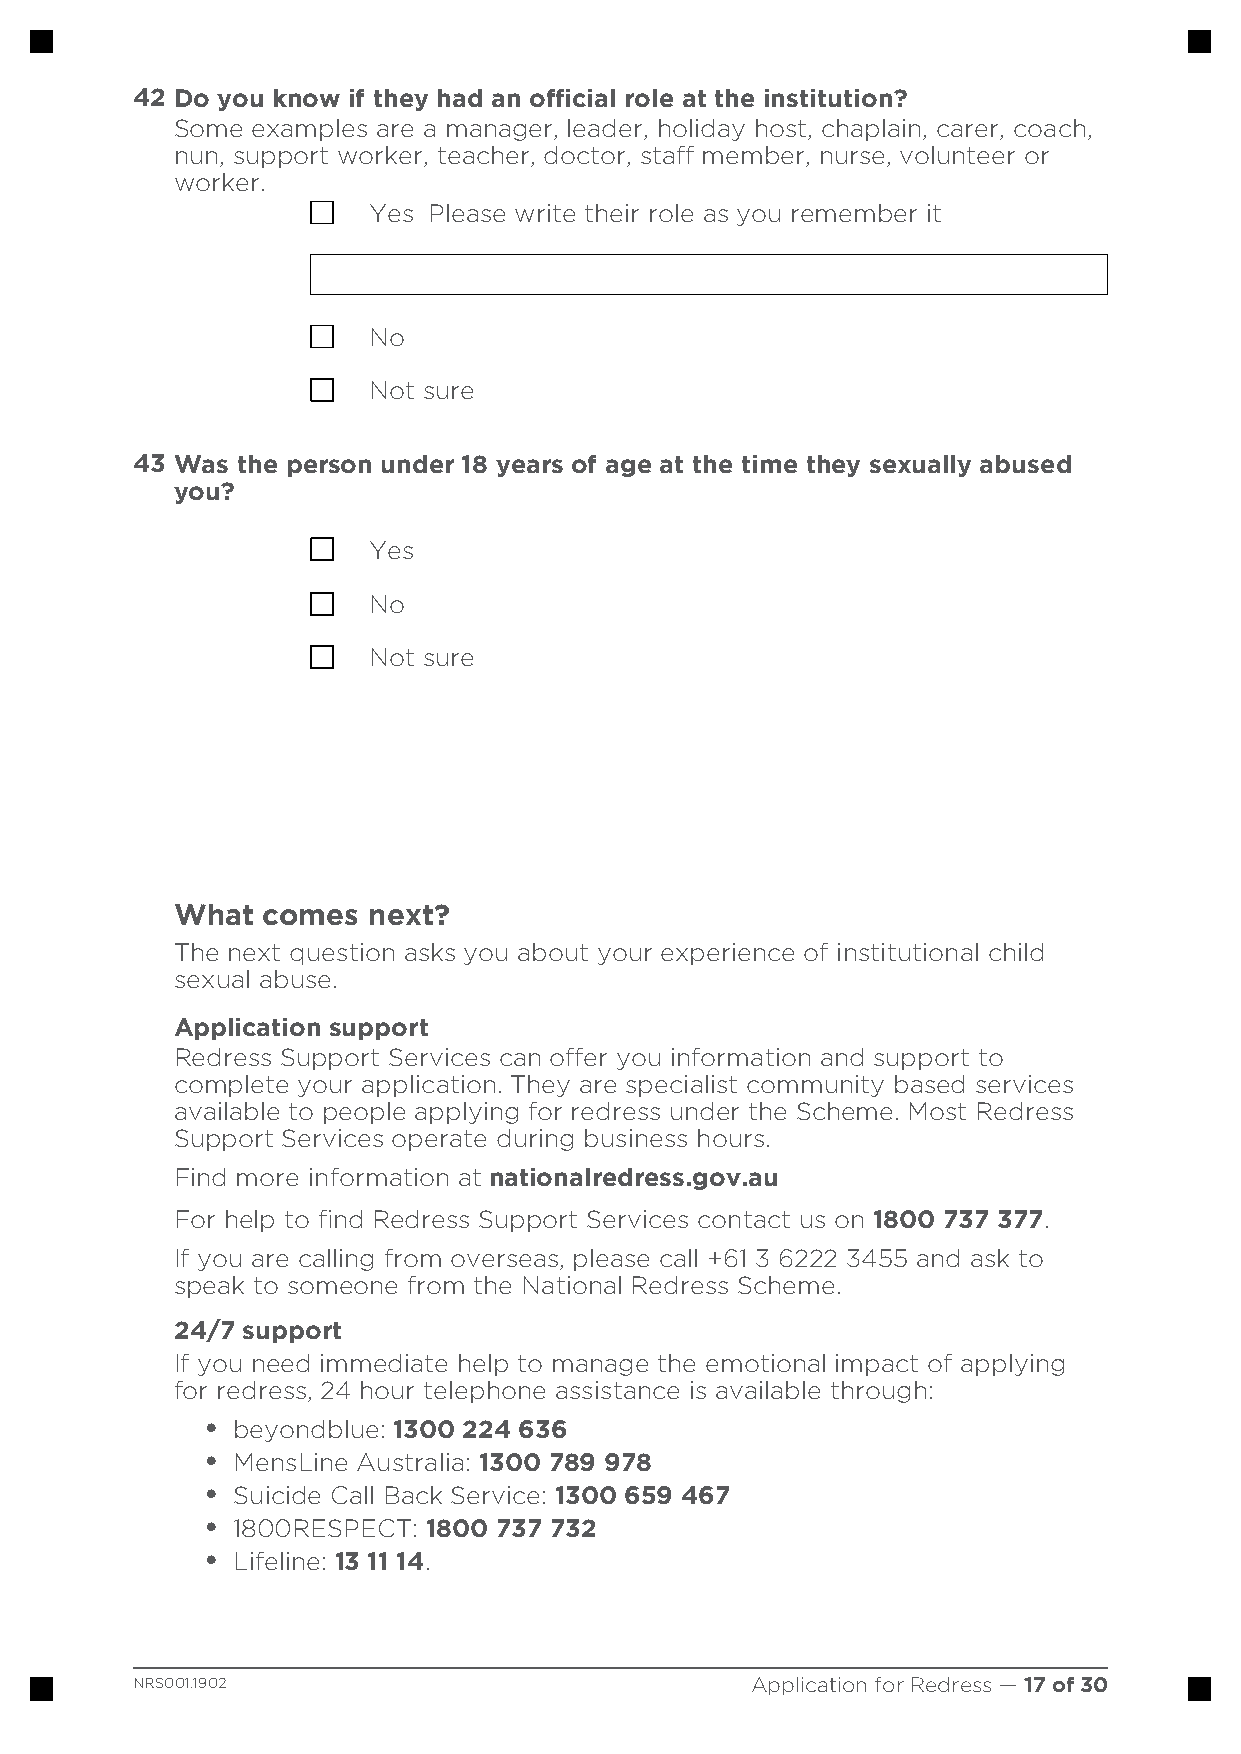
42 Do you know if they had an official role at the institution?
 Some examples are a manager, leader, holiday host, chaplain, carer, coach,
 nun, support worker, teacher, doctor, staff member, nurse, volunteer or
 worker.
 Yes Please write their role as you remember it
 No
 Not sure
 43 Was the person under 18 years of age at the time they sexually abused
 you?
 Yes
 No
 Not sure
 What comes  next?
 The next question asks you about your experience of institutional child
 sexual abuse.
 Application support
 Redress Support Services can offer you information and support to
 complete your application. They are specialist community based services
 available to people applying for redress under the Scheme. Most Redress
 Support Services operate during business hours.
 Find more information at nationalredress.gov.au
 www.
 For help to find Redress Support Services contact us on 1800 737 377.
 If you are calling from overseas, please call +61 3 6222 3455 and ask to
 speak to someone from the National Redress Scheme.
 24/7 support
 If you need immediate help to manage the emotional impact of applying
 for redress, 24 hour telephone assistance is available through:
 • beyondblue: 1300 224 636
 • MensLine Australia: 1300 789 978
 • Suicide Call Back Service: 1300 659 467
 • 1800RESPECT: 1800 737 732
 • Lifeline: 13 11 14.
 NRS001.1902                              Application for Redress — 17 of 30